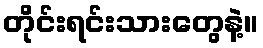
တိုင်းရင်းသားတွေနဲ့။